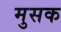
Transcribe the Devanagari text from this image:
मुसक